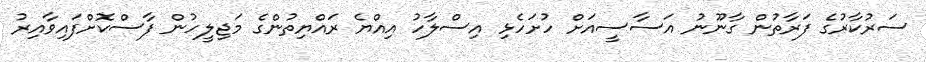
ސަރުކާރުގެ ފަރާތުން ގާނޫނު އަސާސީއަށް ހުށަހެޅި އިސްލާހު އިއްޔެ ރައްޔިތުންގެ މަޖިލީހުން ފާސްކޮށްފައިވާއިރު